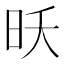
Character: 𮲝